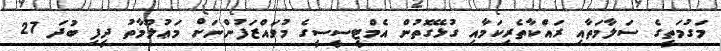
މަގުމަތީގެ ސަލާމަތާއި ރައްކާތެރިކަމާއި ގުޅޭގޮތުން އެމްޓީސީސީގެ މުވައްޒަފުންނަށް މަޢުލޫމާތު ދީފި ބުދަ 27